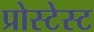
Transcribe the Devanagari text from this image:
प्रोस्टेस्ट